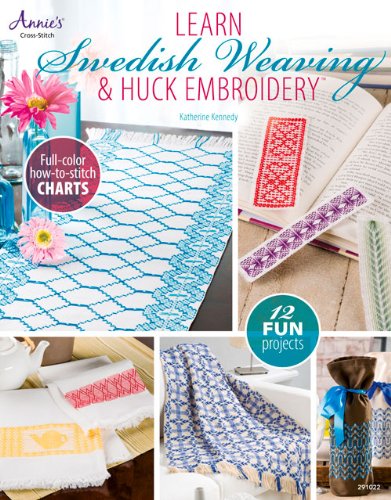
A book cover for Learn Swedish Weaving & Huck Embroidery (Annie's Needlework); Katherine Kennedy; Crafts, Hobbies & Home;